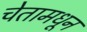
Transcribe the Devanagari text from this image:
चेतामधून